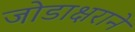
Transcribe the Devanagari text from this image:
जोडाक्षराने